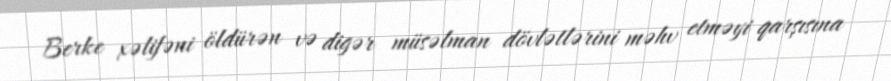
Berke xəlifəni öldürən və digər müsəlman dövlətlərini məhv etməyi qarşısına